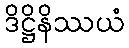
ဒိဋ္ဌိနိဿယံ